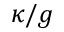
\kappa / g